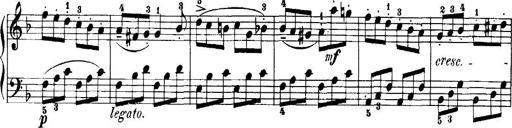
Title: 7 Sonatinas
Composer: Anton Diabelli